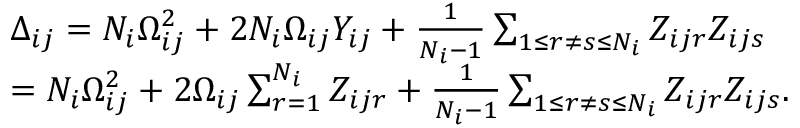
\begin{array} { r l } & { \Delta _ { i j } = N _ { i } \Omega _ { i j } ^ { 2 } + 2 N _ { i } \Omega _ { i j } Y _ { i j } + \frac { 1 } { N _ { i } - 1 } \sum _ { 1 \leq r \neq s \leq N _ { i } } Z _ { i j r } Z _ { i j s } } \\ & { = N _ { i } \Omega _ { i j } ^ { 2 } + 2 \Omega _ { i j } \sum _ { r = 1 } ^ { N _ { i } } Z _ { i j r } + \frac { 1 } { N _ { i } - 1 } \sum _ { 1 \leq r \neq s \leq N _ { i } } Z _ { i j r } Z _ { i j s } . } \end{array}